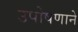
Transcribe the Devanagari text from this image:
उपोषणाने